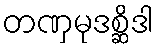
တဏှမုဒစ္ဆိဒါ